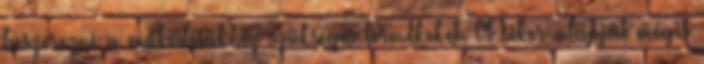
beszerezni a mûködésükhöz szükséges termékeket. A siker alapját mégis